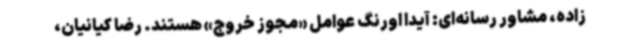
زاده، مشاور رسانه‌ای: آیدا اورنگ عوامل «مجوز خروج» هستند. رضا کیانیان،